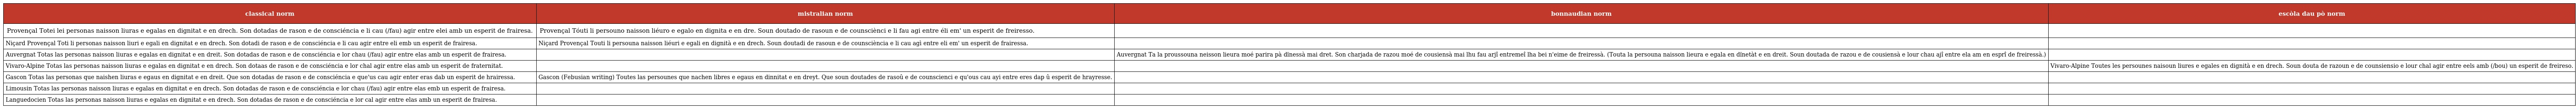
| classical norm | mistralian norm | bonnaudian norm | escòla dau pò norm |
 | --- | --- | --- | --- |
 | Provençal Totei lei personas naisson liuras e egalas en dignitat e en drech. Son dotadas de rason e de consciéncia e li cau (/fau) agir entre elei amb un esperit de frairesa. | Provençal Tóuti li persouno naisson liéuro e egalo en dignita e en dre. Soun doutado de rasoun e de counsciènci e li fau agi entre éli em' un esperit de freiresso. |  |  |
 | Niçard Provençal Toti li personas naisson liuri e egali en dignitat e en drech. Son dotadi de rason e de consciéncia e li cau agir entre eli emb un esperit de frairesa. | Niçard Provençal Touti li persouna naisson liéuri e egali en dignità e en drech. Soun doutadi de rasoun e de counsciència e li cau agì entre eli em' un esperit de frairessa. |  |  |
 | Auvergnat Totas las personas naisson liuras e egalas en dignitat e en dreit. Son dotadas de rason e de consciéncia e lor chau (/fau) agir entre elas amb un esperit de frairesa. |  | Auvergnat Ta la proussouna neisson lieura moé parira pà dïnessà mai dret. Son charjada de razou moé de cousiensà mai lhu fau arjî entremeî lha bei n'eime de freiressà. (Touta la persouna naisson lieura e egala en dïnetàt e en dreit. Soun doutada de razou e de cousiensà e lour chau ajî entre ela am en esprî de freiressà.) |  |
 | Vivaro-Alpine Totas las personas naisson liuras e egalas en dignitat e en drech. Son dotaas de rason e de consciéncia e lor chal agir entre elas amb un esperit de fraternitat. |  |  | Vivaro-Alpine Toutes les persounes naisoun liures e egales en dignità e en drech. Soun douta de razoun e de counsiensio e lour chal agir entre eels amb (/bou) un esperit de freireso. |
 | Gascon Totas las personas que naishen liuras e egaus en dignitat e en dreit. Que son dotadas de rason e de consciéncia e que'us cau agir enter eras dab un esperit de hrairessa. | Gascon (Febusian writing) Toutes las persounes que nachen libres e egaus en dinnitat e en dreyt. Que soun doutades de rasoû e de counscienci e qu'ous cau ayi entre eres dap û esperit de hrayresse. |  |  |
 | Limousin Totas las personas naisson liuras e egalas en dignitat e en drech. Son dotadas de rason e de consciéncia e lor chau (/fau) agir entre elas emb un esperit de frairesa. |  |  |  |
 | Languedocien Totas las personas naisson liuras e egalas en dignitat e en drech. Son dotadas de rason e de consciéncia e lor cal agir entre elas amb un esperit de frairesa. |  |  |  |